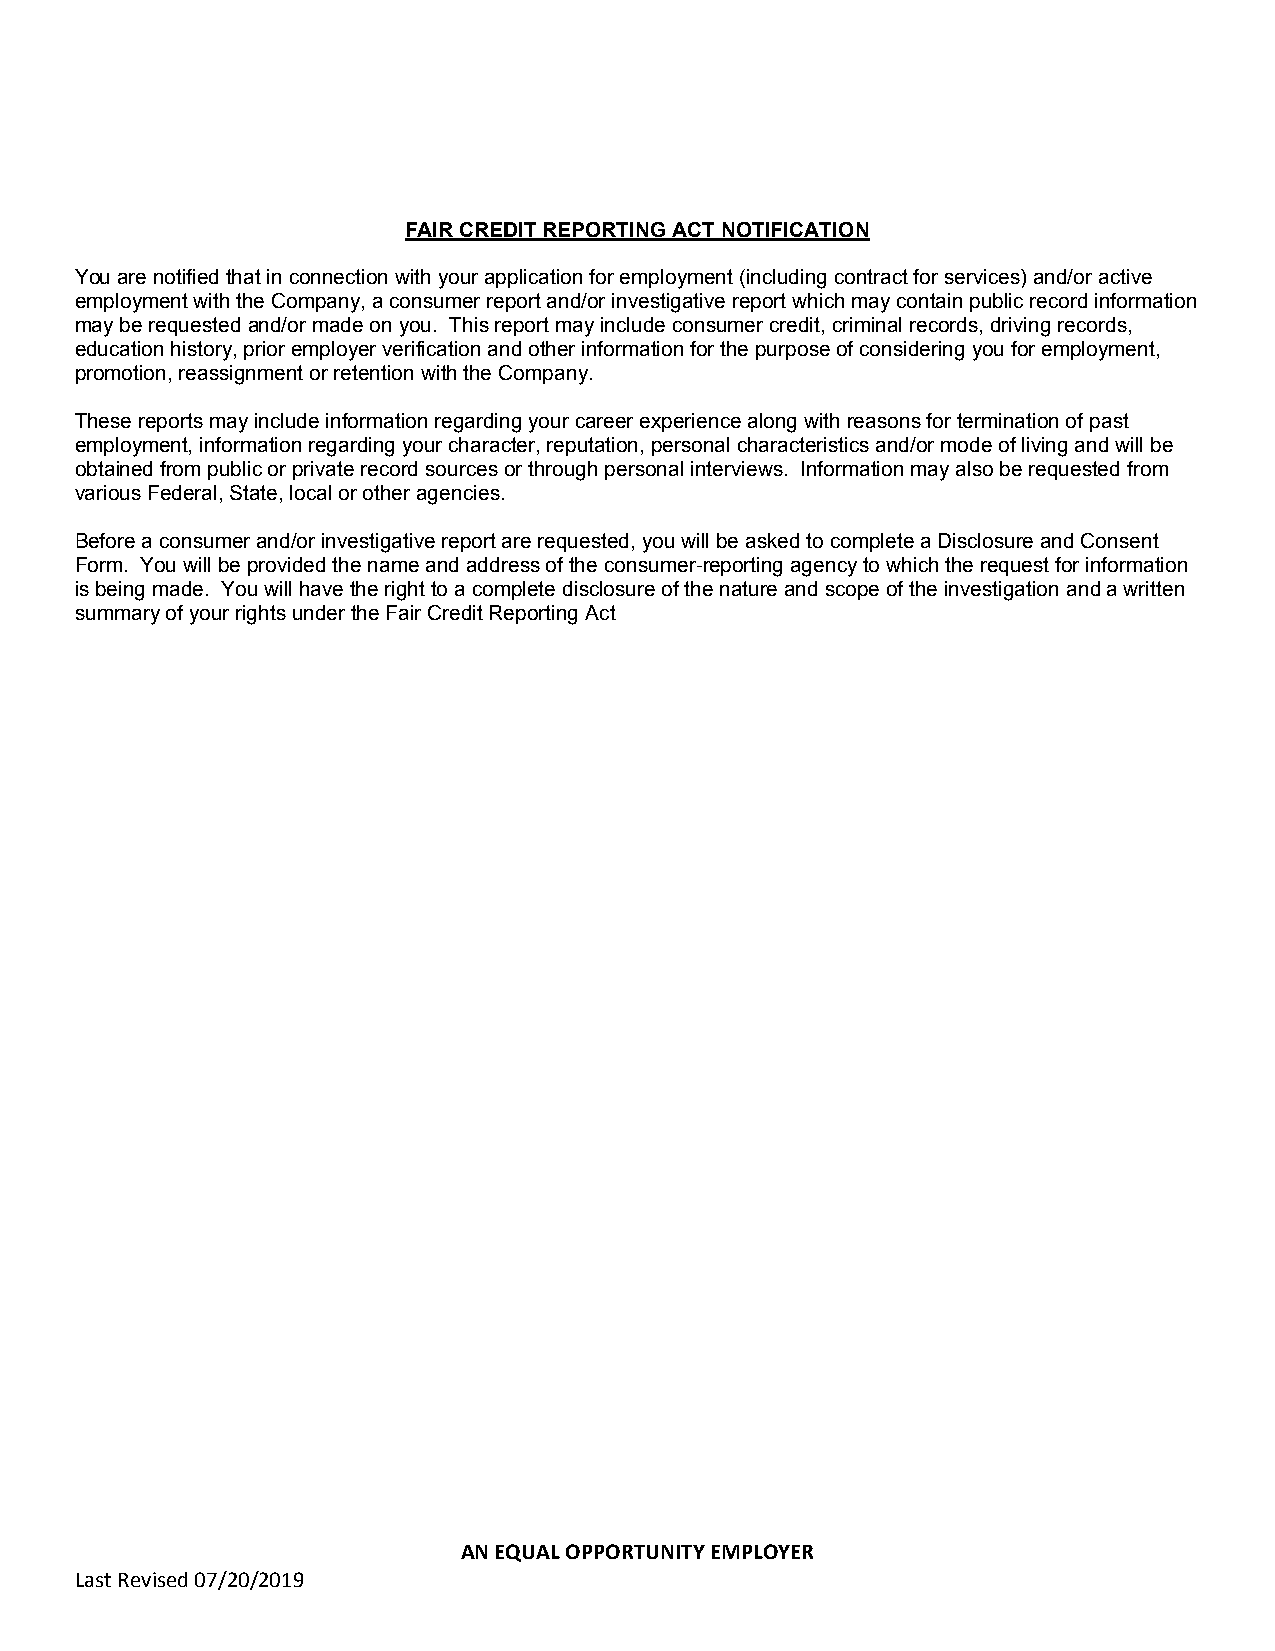
FAIR CREDIT REPORTING ACT NOTIFICATION
 You are notified that in connection with your application for employment (including contract for services) and/or active
 employment with the Company, a consumer report and/or investigative report which may contain public record information
 may be requested and/or made on you. This report may include consumer credit, criminal records, driving records,
 education history, prior employer verification and other information for the purpose of considering you for employment,
 promotion, reassignment or retention with the Company.
 These reports may include information regarding your career experience along with reasons for termination of past
 employment, information regarding your character, reputation, personal characteristics and/or mode of living and will be
 obtained from public or private record sources or through personal interviews. Information may also be requested from
 various Federal, State, local or other agencies.
 Before a consumer and/or investigative report are requested, you will be asked to complete a Disclosure and Consent
 Form. You will be provided the name and address of the consumer-reporting agency to which the request for information
 is being made. You will have the right to a complete disclosure of the nature and scope of the investigation and a written
 summary of your rights under the Fair Credit Reporting Act
 AN EQUAL OPPORTUNITY EMPLOYER
 Last Revised 07/20/2019